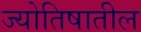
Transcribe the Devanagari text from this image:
ज्योतिषातील